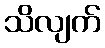
သိလျက်